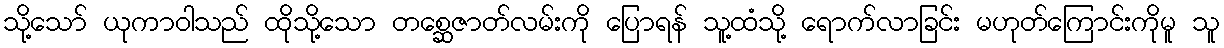
သို့သော် ယုကာဝါသည် ထိုသို့သော တစ္ဆေဇာတ်လမ်းကို ပြောရန် သူ့ထံသို့ ရောက်လာခြင်း မဟုတ်ကြောင်းကိုမူ သူ